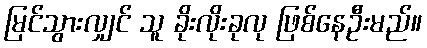
မြင်သွားလျှင် သူ ခိုးလိုးခုလု ဖြစ်နေဦးမည်။